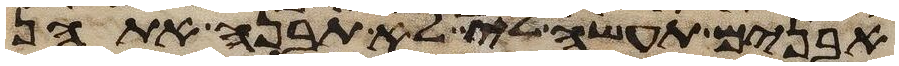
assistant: אבנים תעשה לי לא תבנה אתהן